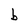
Character: b